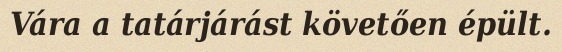
Vára a tatárjárást követően épült.